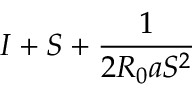
I + S + \frac { 1 } { 2 R _ { 0 } a S ^ { 2 } }